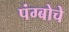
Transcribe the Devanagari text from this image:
पंग्बोचे